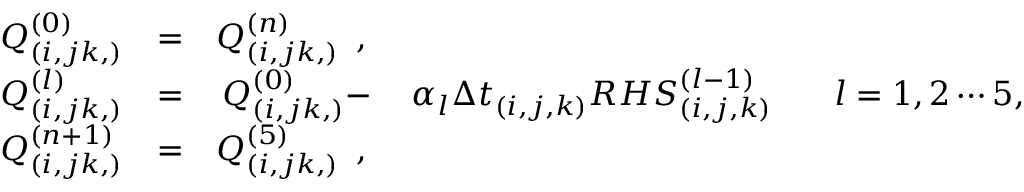
\begin{array} { c c c c c } { Q _ { ( i , j k , ) } ^ { ( 0 ) } } & { = } & { Q _ { ( i , j k , ) } ^ { ( n ) } \, \mathrm { ~ , ~ } } & { } & { } \\ { Q _ { ( i , j k , ) } ^ { ( l ) } } & { = } & { Q _ { ( i , j k , ) } ^ { ( 0 ) } - } & { \alpha _ { l } { \Delta t } _ { ( i , j , k ) } { R H S } _ { ( i , j , k ) } ^ { ( l - 1 ) } \, } & { \, \, \, \, l = 1 , 2 \cdots 5 , } \\ { Q _ { ( i , j k , ) } ^ { ( n + 1 ) } } & { = } & { Q _ { ( i , j k , ) } ^ { ( 5 ) } \, \mathrm { ~ , ~ } } & { } & { } \end{array}